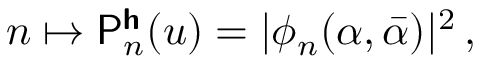
n \mapsto \mathsf { P } _ { n } ^ { \boldsymbol { \mathsf { h } } } ( u ) = \vert \phi _ { n } ( \alpha , \bar { \alpha } ) \vert ^ { 2 } \, ,